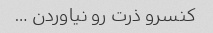
کنسرو ذرت رو نیاوردن …